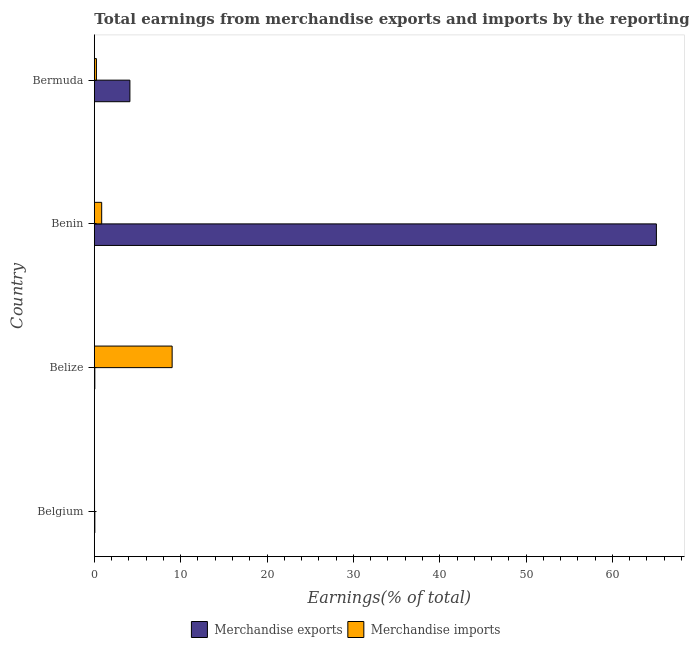
| Country | Merchandise exports | Merchandise imports |
 | --- | --- | --- |
 | Belgium | 0.0584 | 0.0259 |
 | Belize | 0.0568 | 9.01 |
 | Benin | 65.1 | 0.851 |
 | Bermuda | 4.12 | 0.242 |